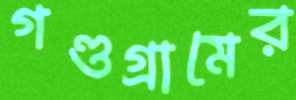
গণ্ডগ্রামের